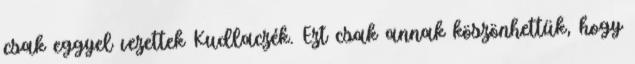
csak eggyel vezettek Kudlaczék. Ezt csak annak köszönhettük, hogy